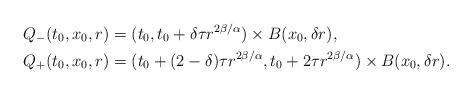
LaTeX: \begin{align*}Q_{-}(t_{0},x_{0},r) & = (t_{0},t_{0}+\delta\tau r^{2\beta/\alpha})\times B(x_{0},\delta r), \\Q_{+}(t_{0},x_{0},r) & = (t_{0}+(2-\delta)\tau r^{2\beta/\alpha},t_{0}+2\tau r^{2\beta/\alpha})\times B(x_{0},\delta r).\end{align*}